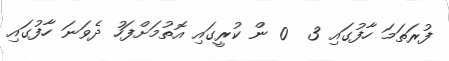
ފުރަތަމަ ހާފުގައި 3  0 ން ކުރީގައި އޮތުމަށްފަހު ދެވަނަ ހާފުގައި